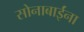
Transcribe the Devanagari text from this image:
सोनाबाईंना